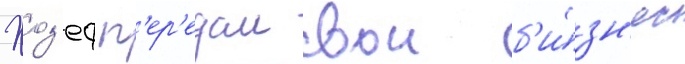
Жоз'еф п'ер'едал свои б'и́зн'ес